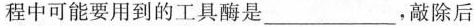
程中可能要用到的工具酶是___，敲除后